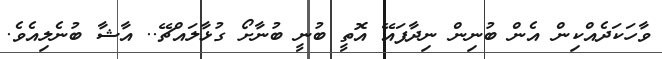
ވާހަކަދެއްކިން އެން ބުނިން ނިދާފައޭ އޮތީ ބުނީ ބުނާށޯ ގުޅާލައްޗޭ.. އާޝާ ބުނެލިއެވެ.